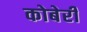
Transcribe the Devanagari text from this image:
कोबेरी